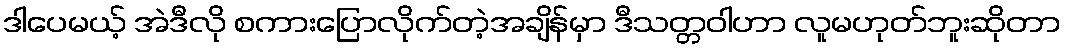
ဒါပေမယ့် အဲဒီလို စကားပြောလိုက်တဲ့အချိန်မှာ ဒီသတ္တဝါဟာ လူမဟုတ်ဘူးဆိုတာ